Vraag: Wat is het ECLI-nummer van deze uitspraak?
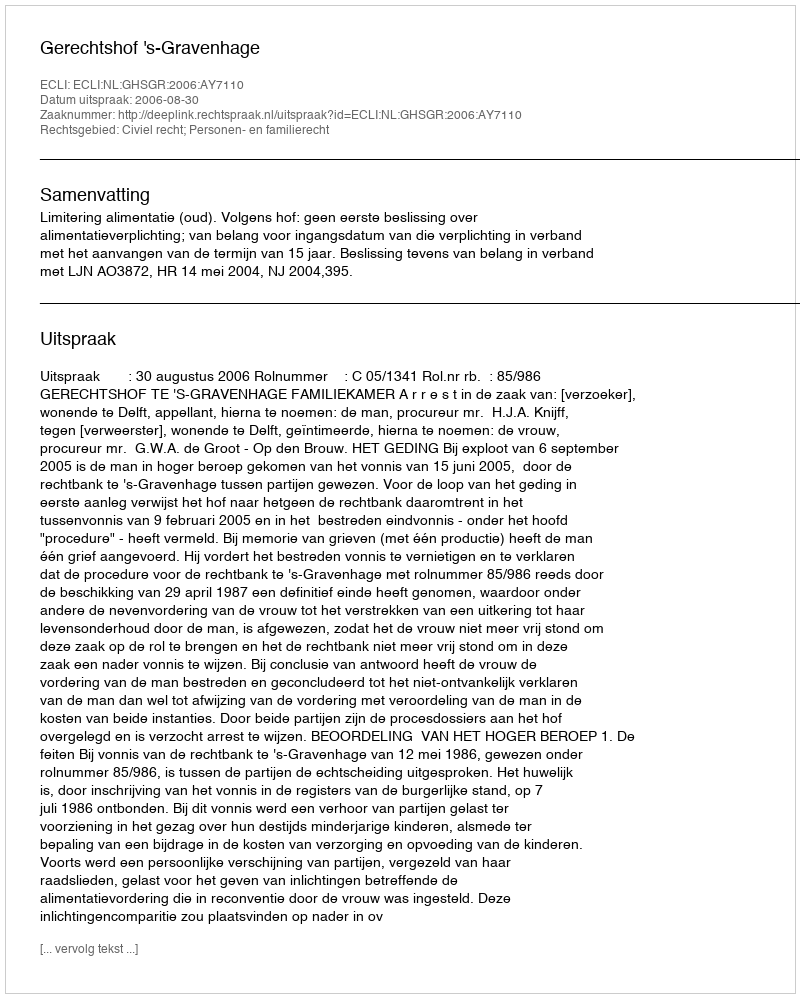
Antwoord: ECLI:NL:GHSGR:2006:AY7110